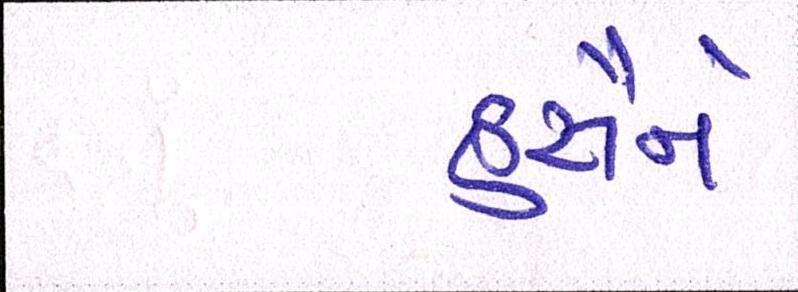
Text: હુસૈને